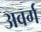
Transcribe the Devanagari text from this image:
अवर्ग